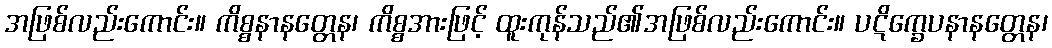
အဖြစ်လည်းကောင်း။ ကိစ္စနာနတ္တေန၊ ကိစ္စအားဖြင့် ထူးကုန်သည်၏အဖြစ်လည်းကောင်း။ ပဋိက္ခေပနာနတ္တေန၊